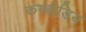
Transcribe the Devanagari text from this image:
कम्बोडिय